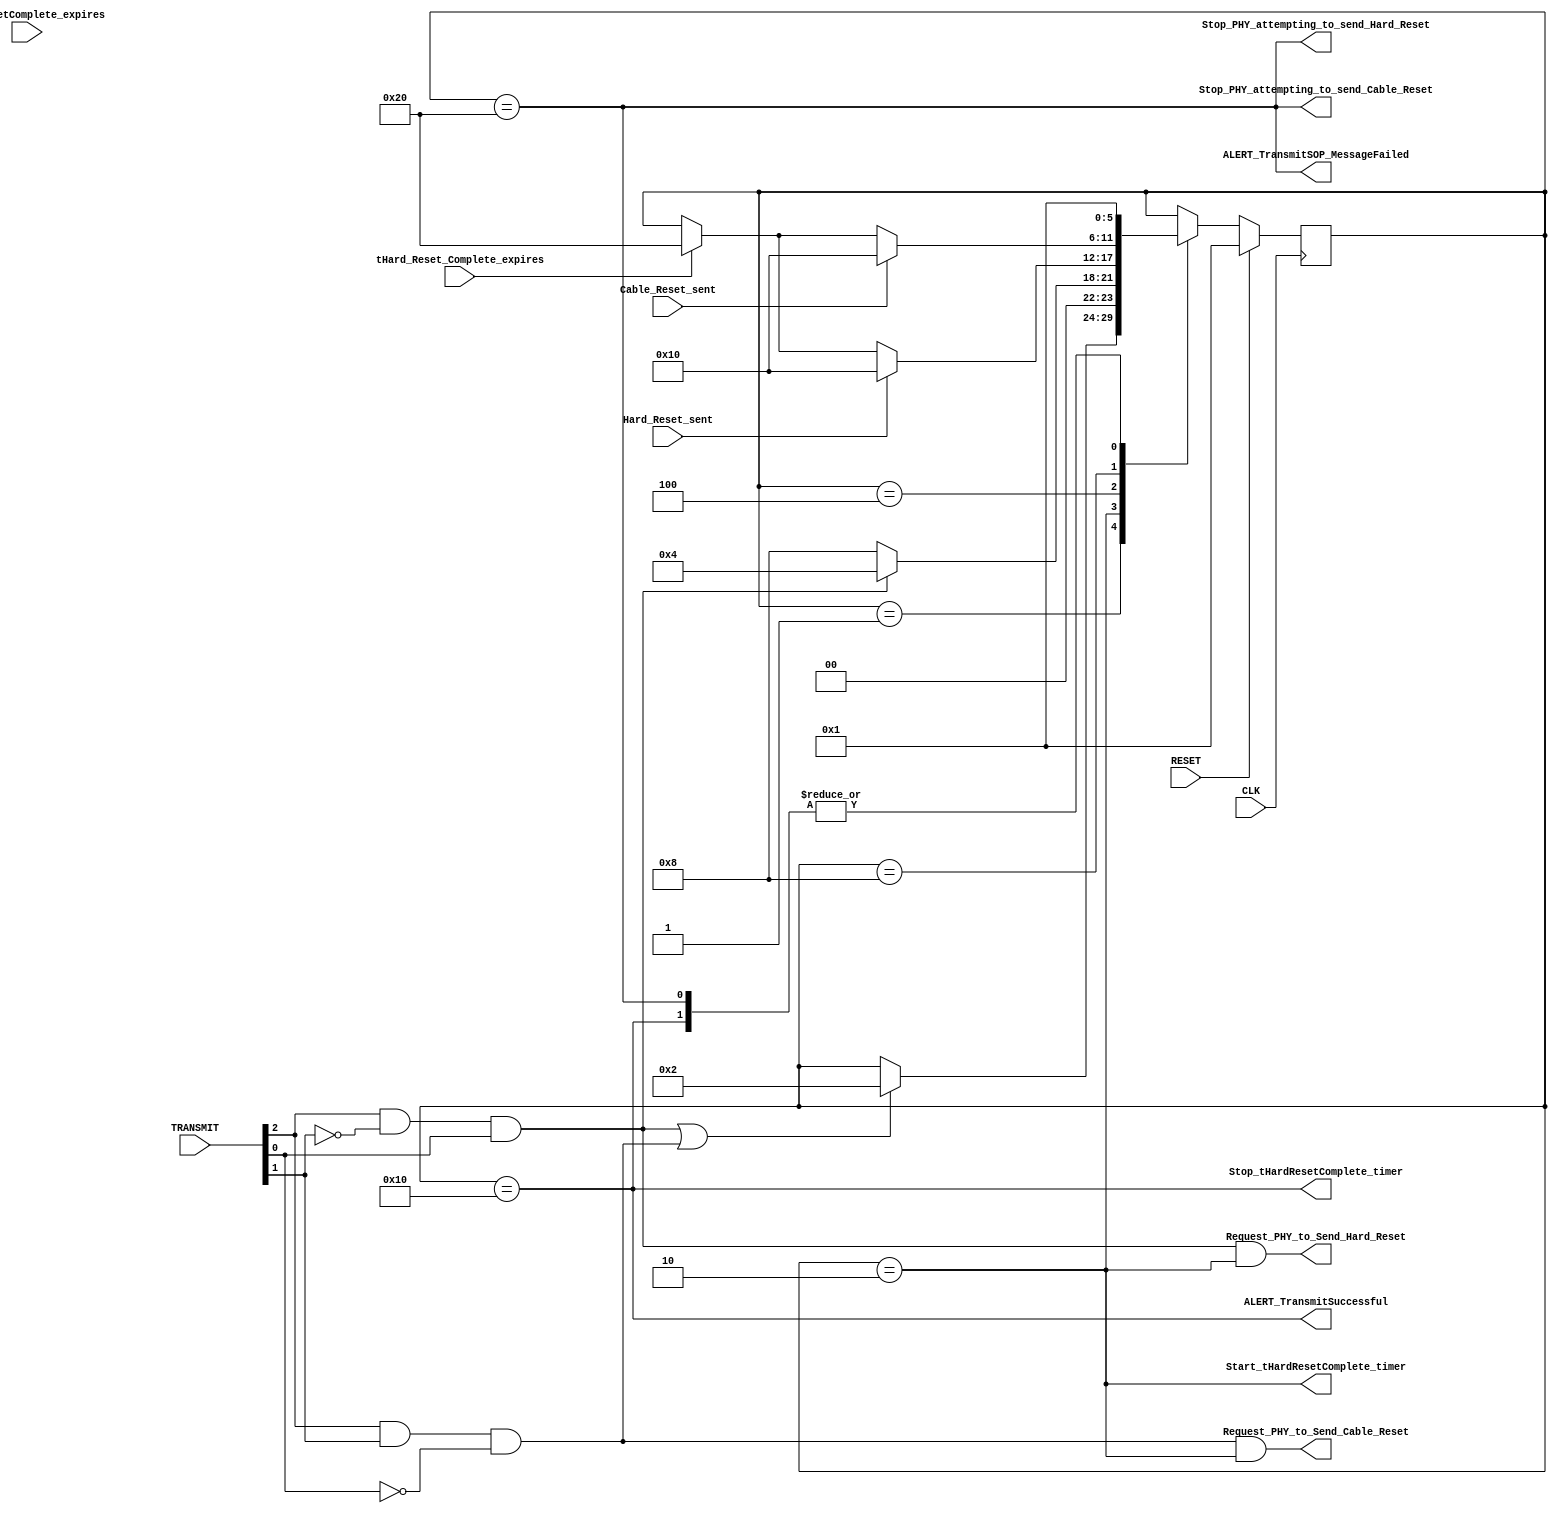
module hardReset(output wire Start_tHardResetComplete_timer,
    output wire Request_PHY_to_Send_Hard_Reset,
    output wire Request_PHY_to_Send_Cable_Reset,
    output wire Stop_PHY_attempting_to_send_Hard_Reset,
    output wire Stop_PHY_attempting_to_send_Cable_Reset,
    output wire Stop_tHardResetComplete_timer,
    output wire ALERT_TransmitSuccessful,
    output wire ALERT_TransmitSOP_MessageFailed,
    input wire  [2:0] TRANSMIT,
    input wire tHard_Reset_Complete_expires,
    input wire  Hard_Reset_sent,
    input wire  Cable_Reset_sent,
    input wire tHardResetComplete_expires,
    input wire RESET,
    input wire  CLK);
    
    wire   Hard_Reset_Request;
    wire   Cable_Reset_Request;

    reg [5:0] CurrentState;
    reg [5:0] NextState;

    reg [8:0] HardResetComplete_timer;

    localparam Wait_for_Reset_Request    = 6'b000001;
    localparam Construct_Message         = 6'b000010;
    localparam Wait_for_Hard_Reset_sent  = 6'b000100;
    localparam Wait_for_Cable_Reset_sent = 6'b001000;
    localparam Success                   = 6'b010000;
    localparam Failure                   = 6'b100000;
//////////////////////
// Logica de salidas//
//////////////////////
    assign Hard_Reset_Request = TRANSMIT[2] && !TRANSMIT[1] && TRANSMIT[0];
    assign Cable_Reset_Request= TRANSMIT[2] && TRANSMIT[1] && !TRANSMIT[0];
    
    assign Request_PHY_to_Send_Hard_Reset = Hard_Reset_Request  && CurrentState==Construct_Message;
    assign Request_PHY_to_Send_Cable_Reset= Cable_Reset_Request && CurrentState==Construct_Message;
    assign Start_tHardResetComplete_timer = CurrentState==Construct_Message;
    
    assign Stop_PHY_attempting_to_send_Hard_Reset = CurrentState==Failure;
    assign Stop_PHY_attempting_to_send_Cable_Reset= CurrentState==Failure;
    assign ALERT_TransmitSOP_MessageFailed= CurrentState==Failure;
    
    assign Stop_tHardResetComplete_timer  = CurrentState==Success;
    assign ALERT_TransmitSuccessful       = CurrentState==Success;
//////////////////////
// Logica prox estado/
//////////////////////
    always@( * )
    begin
        NextState = CurrentState;
    case(CurrentState)
        Wait_for_Reset_Request:
            begin
            if(Hard_Reset_Request || Cable_Reset_Request) begin NextState = Construct_Message; end
            end
        Construct_Message:
            begin
            if(Hard_Reset_Request)  NextState = Wait_for_Hard_Reset_sent;
            else  NextState = Wait_for_Cable_Reset_sent;
            end
        Wait_for_Hard_Reset_sent:
            begin
            if(Hard_Reset_sent) NextState = Success;
            else if(tHard_Reset_Complete_expires) NextState = Failure;
            end
        Wait_for_Cable_Reset_sent:
            begin
            if(Cable_Reset_sent) NextState = Success;
            else if(tHard_Reset_Complete_expires) NextState = Failure;
            end 
        Success:
            begin
            NextState = Wait_for_Reset_Request;
            end
        Failure:
            begin
            NextState = Wait_for_Reset_Request;
            end
    endcase
    end//always
////////////////////
//Cambio de estado//
////////////////////
    always@(posedge CLK)
    begin
        if(RESET) CurrentState  <= Wait_for_Reset_Request;
        else      CurrentState  <= NextState;
    end
endmodule